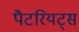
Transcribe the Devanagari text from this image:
पैटरियट्स